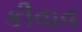
કીવાવ